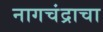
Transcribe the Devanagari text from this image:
नागचंद्राचा